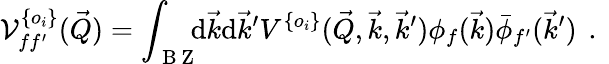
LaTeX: \mathcal V_{ff^{\prime}}^{\{ o_{i}\} }(\vec{Q})=\int_{\mathrm{~B~Z~}}\! \! \! \mathrm{d}\vec{k}\mathrm{d}\vec{k}^{\prime}V^{\{ o_{i}\} }(\vec{Q},\vec{k},\vec{k}^{\prime})\phi_{f}(\vec{k})\bar{\phi}_{f^{\prime}}(\vec{k}^{\prime})\, \mathrm{~.~}